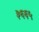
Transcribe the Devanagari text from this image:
३६६५